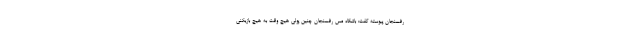
رفسنجان پیوسته گفت: باشگاه مس رفسنجان چنین پولی هیچ وقت به هیچ بازیکنی